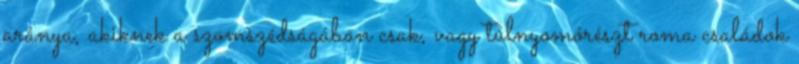
aránya, akiknek a szomszédságában csak, vagy túlnyomórészt roma családok